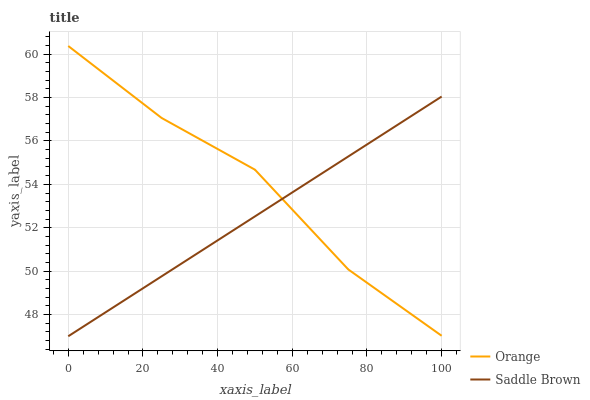
| xaxis_label | Orange | Saddle Brown |
 | --- | --- | --- |
 | 0 | 60.4 | 47 |
 | 25 | 57.1 | 49.8 |
 | 50 | 54.7 | 52.5 |
 | 75 | 50.1 | 55.3 |
 | 100 | 47 | 58 |